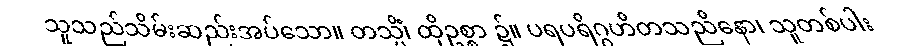
သူသည်သိမ်းဆည်းအပ်သော။ တသ္မိံ၊ ထိုဥစ္စာ ၌။ ပရပရိဂ္ဂဟိတသညိနော၊ သူတစ်ပါး